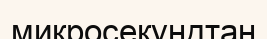
микросекундтан